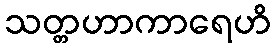
သတ္တဟာကာရေဟိ